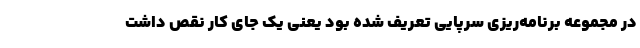
در مجموعه برنامه‌ریزی سرپایی تعریف شده بود یعنی یک جای کار نقص داشت